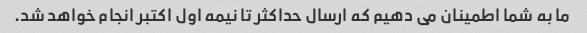
ما به شما اطمینان می دهیم که ارسال حداکثر تا نیمه اول اکتبر انجام خواهد شد.